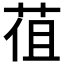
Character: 𦯣